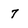
Character: 7